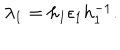
LaTeX: \lambda _ { 1 } = h _ { 1 } \epsilon _ { 1 } h _ { 1 } ^ { - 1 } .